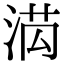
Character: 𭰯